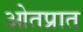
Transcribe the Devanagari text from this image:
ओतप्रात